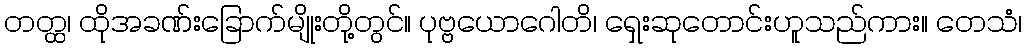
တတ္ထ၊ ထိုအခဏ်းခြောက်မျိုးတို့တွင်။ ပုဗ္ဗယောဂေါတိ၊ ရှေးဆုတောင်းဟူသည်ကား။ တေသံ၊